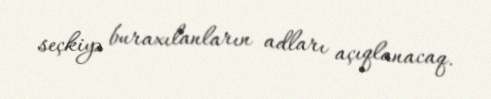
seçkiyə buraxılanların adları açıqlanacaq.